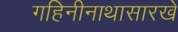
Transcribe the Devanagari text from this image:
गहिनीनाथासारखे